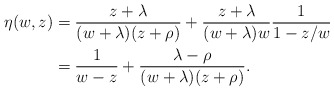
\begin{align*}\begin{aligned}\eta(w,z)&=\frac{z+\lambda}{(w+\lambda)(z+\rho)}+\frac{z+\lambda}{(w+\lambda)w}\frac{1}{1-z/w}\\&=\frac{1}{w-z}+\frac{\lambda-\rho}{(w+\lambda)(z+\rho)}.\end{aligned}\end{align*}